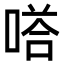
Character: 𭉙